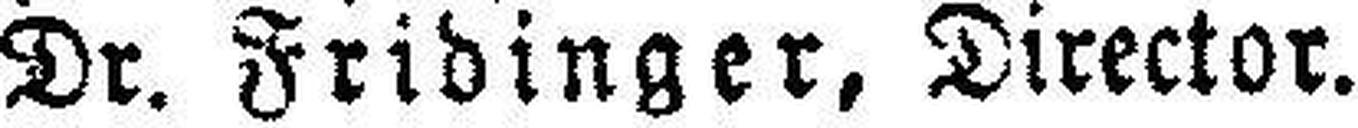
Dr. Fridinger, Direktor.